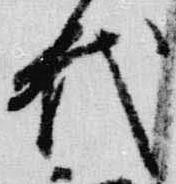
代